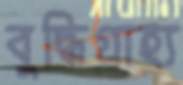
বুদ্ধিগ্রাহ্য